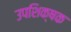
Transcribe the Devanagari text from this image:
उपशिक्षक